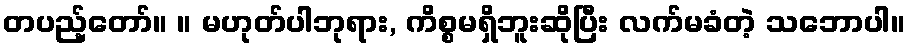
တပည့်တော်။ ။ မဟုတ်ပါဘုရား, ကိစ္စမရှိဘူးဆိုပြီး လက်မခံတဲ့ သဘောပါ။